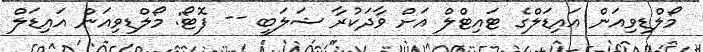
މޯލްޑިވިއަން އައިޑަލްގެ ޓައިޓްލް އަށް ވާދަކުރާ ޝަލަބީ -- ފޮޓޯ: މޯލްޑިވިއަން އައިޑަލް